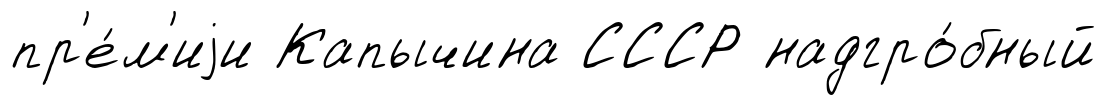
пр'е́м'иjи Капычина СССР надгро́бный